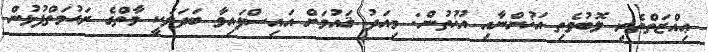
ޢިއްޒަތްތެރި ލޮބުވެތި އަޚުންނާއި އުޚުތުން: މިއަދު ޤައުމަށް އައިސްފައިވާ ބަދަލަކީ މާތްގެ ރަޙުމަތްފުޅުން